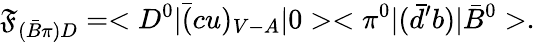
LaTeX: {\cal\mathfrak{F}}_{(\bar{{B}}\pi)D}=<D^{0}|\bar{{(}}cu)_{V-A}|0><\pi^{0}|(\bar{{d}}^{\prime}b)|\bar{{B}}^{0}>.